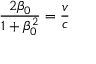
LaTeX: { \frac { 2 \beta _ { 0 } } { 1 + \beta _ { 0 } ^ { 2 } } } = { \frac { v } { c } }